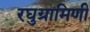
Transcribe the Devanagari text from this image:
रघुग्रामिणी